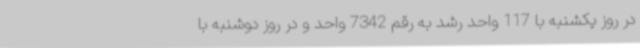
در روز یکشنبه با 117 واحد رشد به رقم 7342 واحد و در روز دوشنبه با